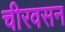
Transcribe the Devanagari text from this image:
चीरवसन